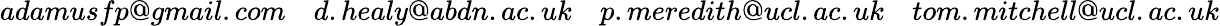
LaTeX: adamusfp@gmail.com\quad d.healy@abdn.ac.uk\quad p.meredith@ucl.ac.uk\quad tom.mitchell@ucl.ac.uk